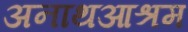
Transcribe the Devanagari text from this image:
अनाथआश्रम